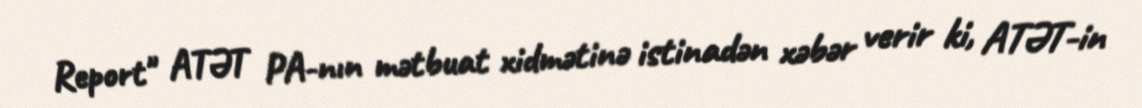
Report" ATƏT PA-nın mətbuat xidmətinə istinadən xəbər verir ki, ATƏT-in